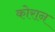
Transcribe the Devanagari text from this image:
कोरान